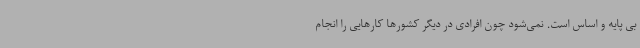
بی پایه و اساس است. نمی‌شود چون افرادی در دیگر کشورها کارهایی را انجام